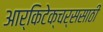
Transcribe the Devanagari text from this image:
आर्किटेक्चर्ससाठी